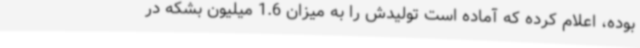
بوده، اعلام کرده که آماده است تولیدش را به میزان 1.6 میلیون بشکه در